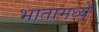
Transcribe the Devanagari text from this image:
भातामध्ये